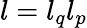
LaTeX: l=l_{q}l_{p}